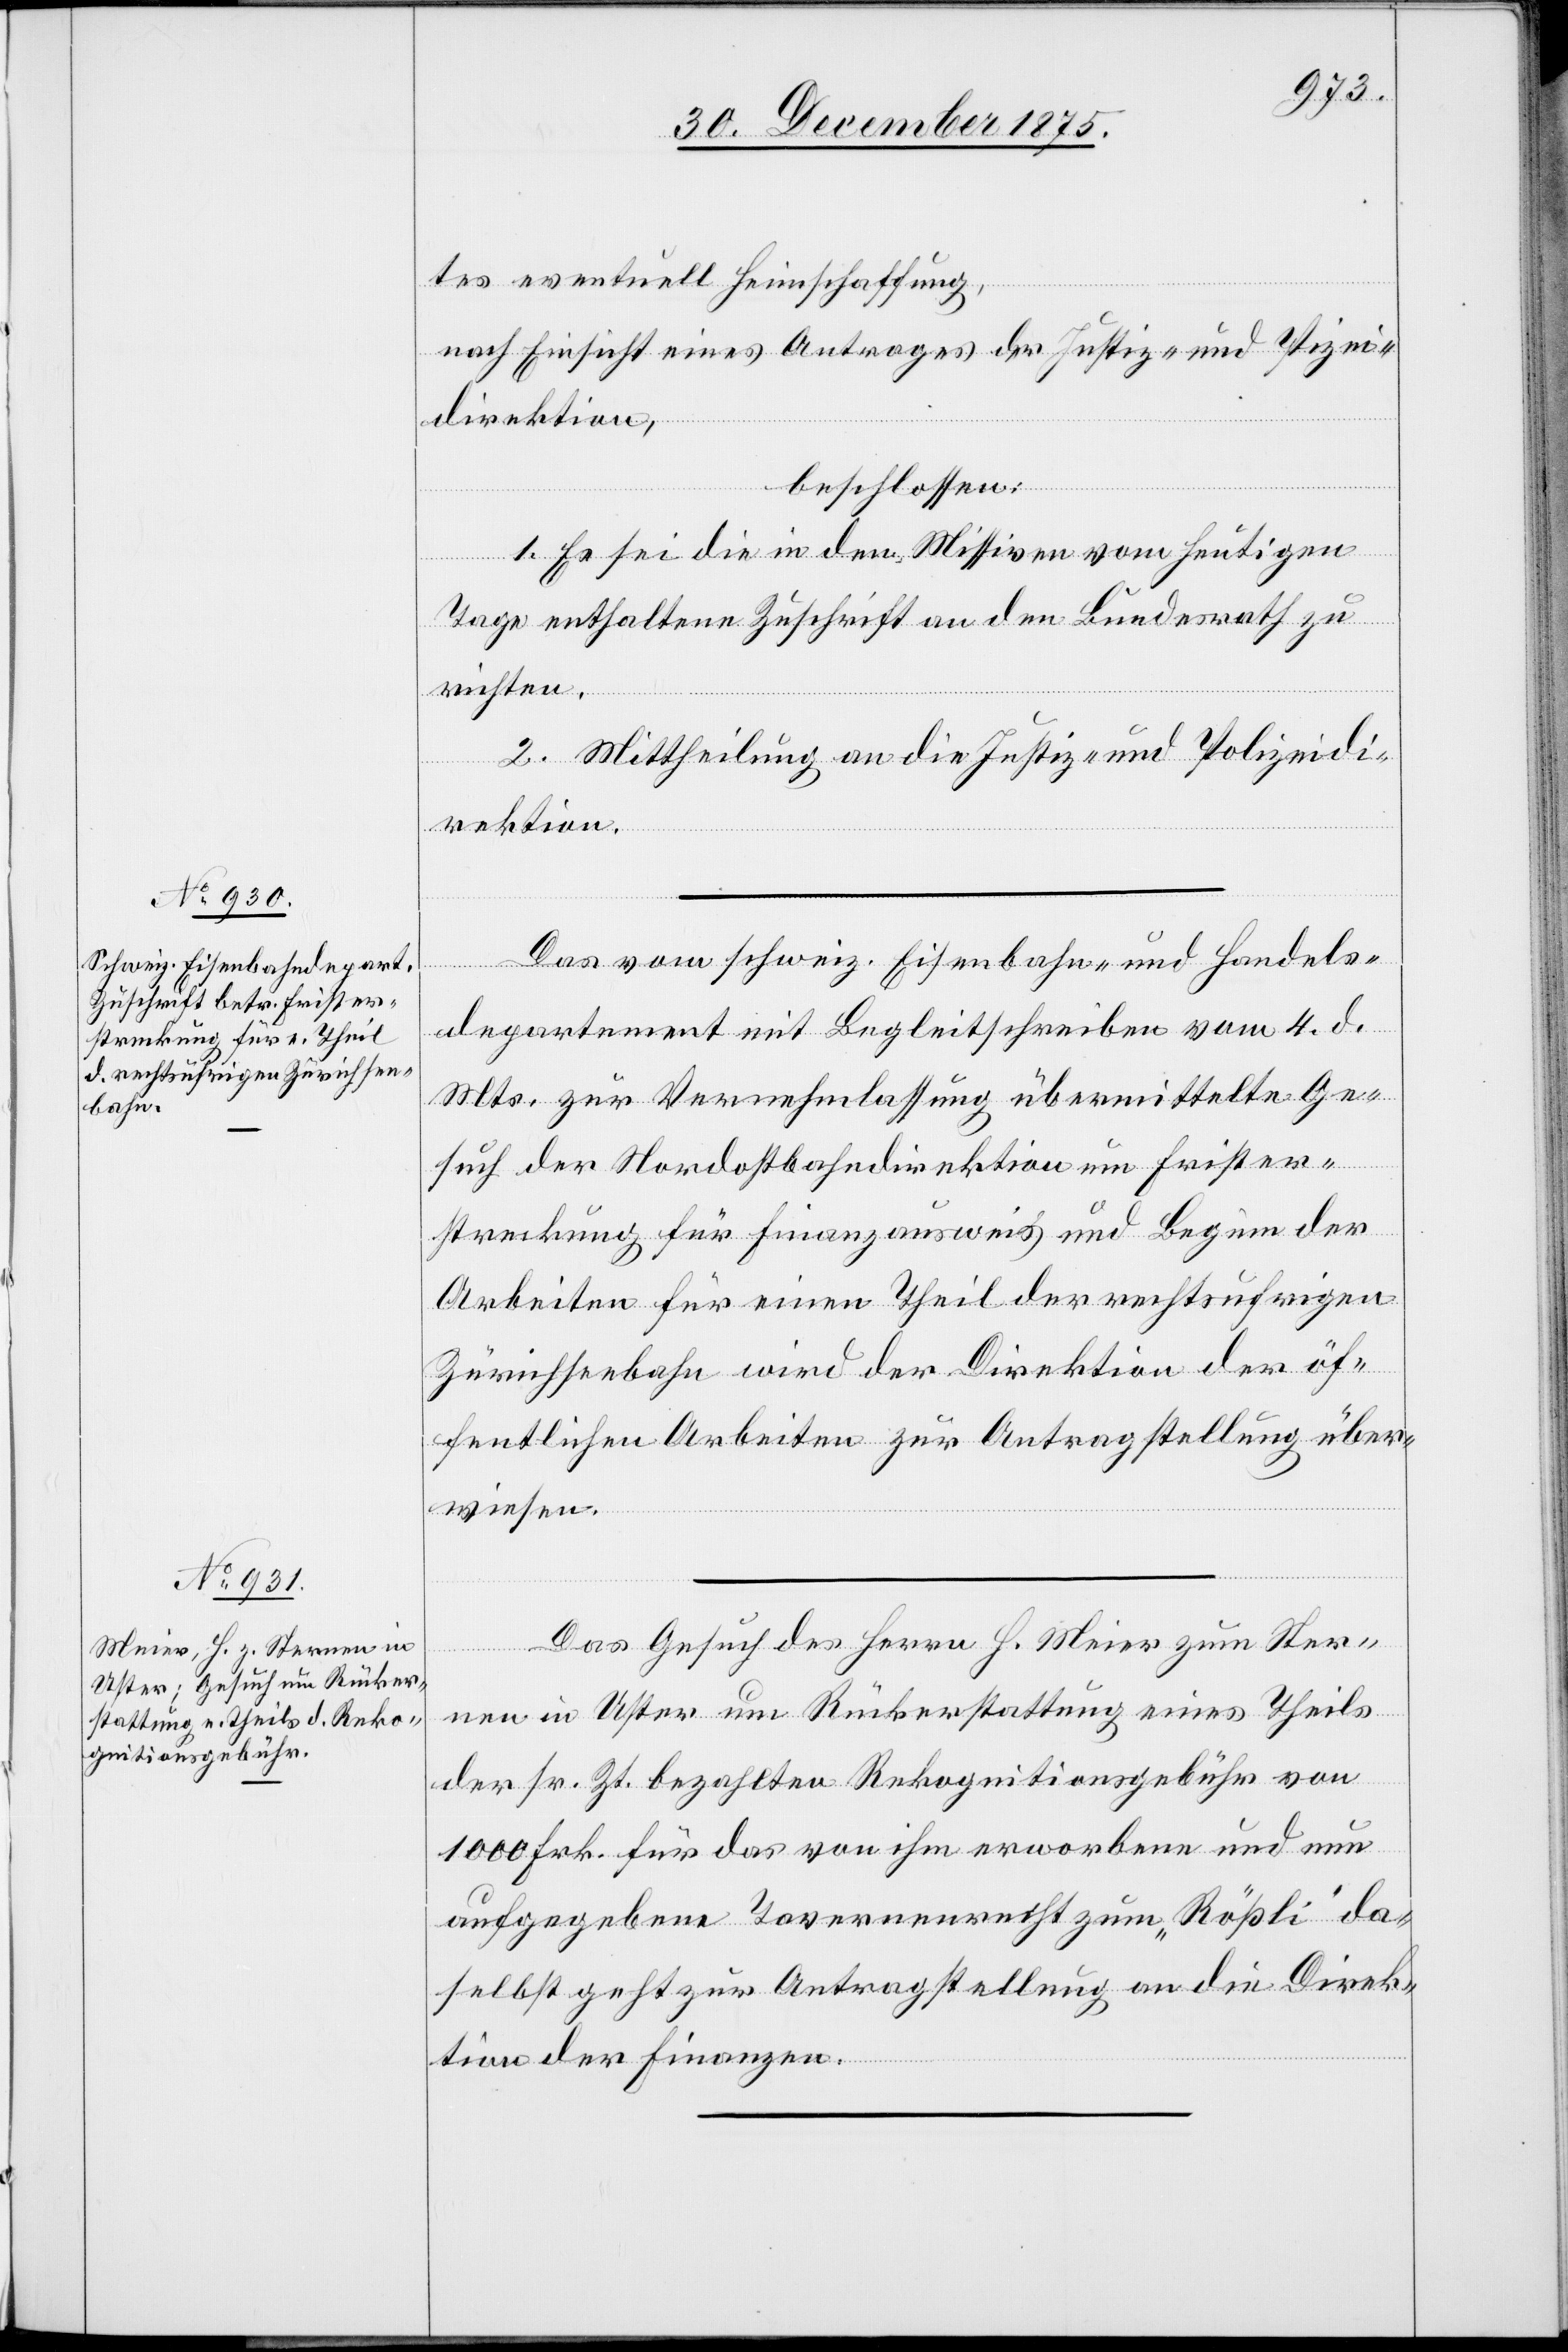
tes eventuell Heimschaffung,
nach Einsicht eines Antrages der Justiz- und Polizei¬
direktion,
beschlossen:
1. Es sei die in den Missiven vom heutigen
Tage enthaltene Zuschrift an den Bundesrath zu
richten.
2. Mittheilung an die Justiz- und Polizeidi¬
rektion.
Das vom schweiz. Eisenbahn- und Handels¬
departement mit Begleitschreiben vom 4. d.
Mts. zur Vernehmlassung übermittelte Ge¬
such der Nordostbahndirektion um Frister¬
streckung für Finanzausweis und Beginn der
Arbeiten für einen Theil der rechtsufrigen
Zürichseebahn wird der Direktion der öf¬
fentlichen Arbeiten zur Antragstellung über¬
wiesen.
uar
Das Gesuch des Herrn H. Meier zum Ster¬
6.
nen in Uster um Rückerstattung eines Theils
der sr. Zt. bezahlten Rekognitionsgebühr von
1000 Frk. für das von ihm erworbene und nun
aufgegebene Tavernenrecht zum „Rößli“ da¬
selbst geht zur Antragstellung an die Direk¬
tion der Finanzen.